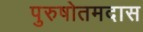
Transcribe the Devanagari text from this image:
पुरुषोतमदास